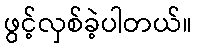
ဖွင့်လှစ်ခဲ့ပါတယ်။